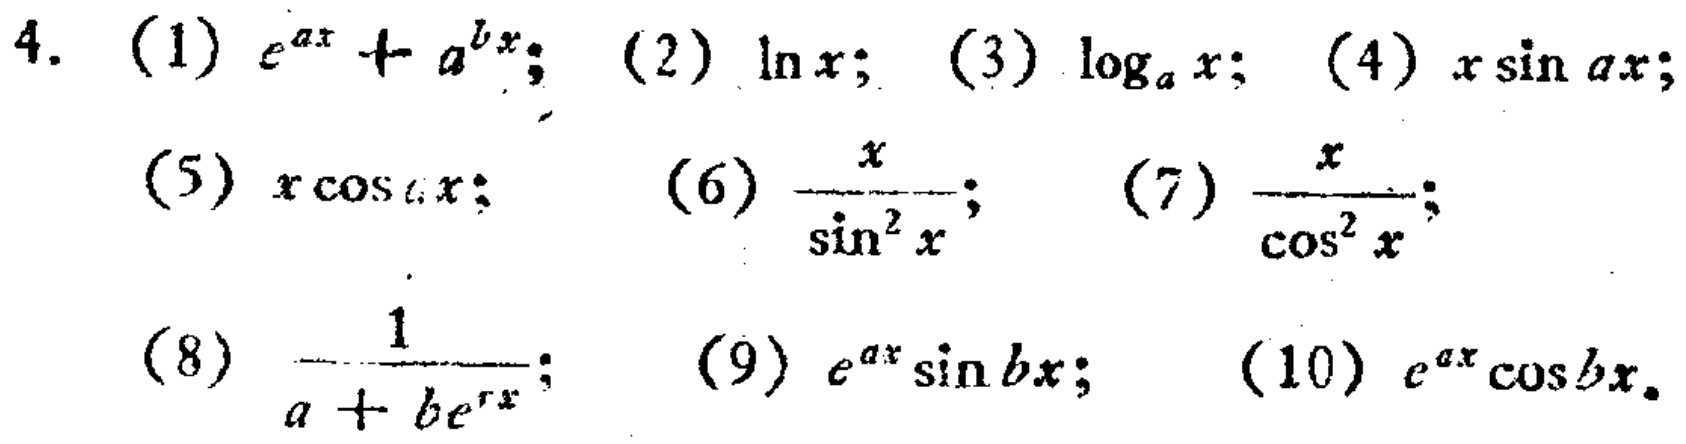
4. (1) \(e^{ax}+a^{bx}\); (2) \(\ln x\); (3) \(\log_{a}x\); (4) \(x\sin ax\);
(5) \(x\cos ax\); (6) \(\frac{x}{\sin^{2}x}\); (7) \(\frac{x}{\cos^{2}x}\);
(8) \(\frac{1}{a + be^{rx}}\); (9) \(e^{ax}\sin bx\); (10) \(e^{ax}\cos bx\).